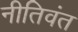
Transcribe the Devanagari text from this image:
नीतिवंत